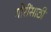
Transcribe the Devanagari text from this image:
गौरींसाठी